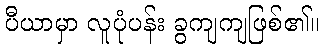
ပီယာမှာ လူပုံပန်း ခွကျကျဖြစ်၏။